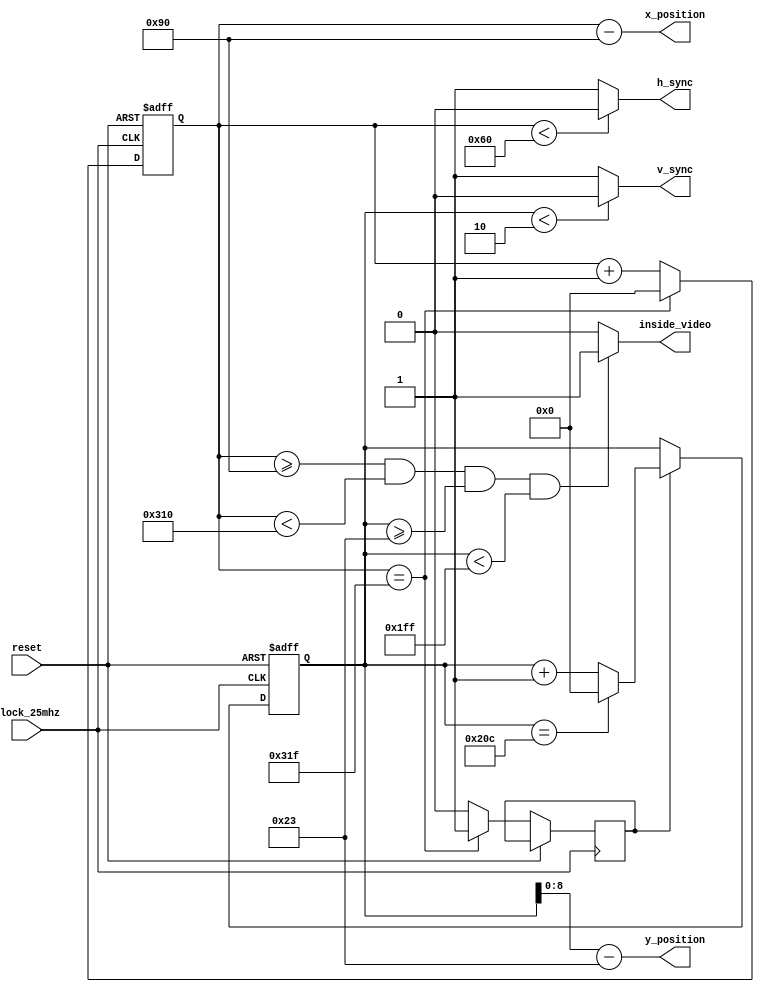
`timescale 1ns / 1ps

module vga_controller(
		input clock_25mhz,
		input reset,
		output reg h_sync,
		output reg v_sync,
		output reg inside_video,
		output [9:0] x_position,
		output [8:0] y_position
	);

	// SYNC, BPORCH, VIDEO, FPORCH.
	localparam H_SYNC = 96;
	localparam H_BPORCH = 144;
	localparam H_FPORCH = 784;
	localparam H_TOTAL = 800;
	localparam V_SYNC = 2;
	localparam V_BPORCH = 35;
	localparam V_FPORCH = 511;
	localparam V_TOTAL = 525;

	reg [9:0] h_counter = 0;
	reg [9:0] v_counter = 0;
	reg v_enable = 0;

	always @(posedge clock_25mhz or posedge reset) begin
		if (reset) begin
			h_counter <= 0;
		end else if (h_counter == H_TOTAL - 1) begin
			h_counter <= 0;
			v_enable <= 1;
		end else begin
			h_counter <= h_counter + 1'b1;
			v_enable <= 0;
		end
	end

	always @(*) begin
		if (h_counter < H_SYNC) begin
			h_sync = 0;
		end else begin
			h_sync = 1;
		end
	end

	always @(posedge clock_25mhz or posedge reset) begin
		if (reset) begin
			v_counter <= 0;
		end else if (v_enable) begin
			if (v_counter == V_TOTAL - 1) begin
				v_counter <= 0;
			end else begin
				v_counter <= v_counter + 1'b1;
			end
		end
	end

	always @(*) begin
		if (v_counter < V_SYNC) begin
			v_sync = 0;
		end else begin
			v_sync = 1;
		end
	end

	always @(*) begin
		if ((h_counter >= H_BPORCH) && (h_counter < H_FPORCH) && (v_counter >= V_BPORCH) && (v_counter < V_FPORCH)) begin
			inside_video = 1;
		end else begin
			inside_video = 0;
		end
	end

	assign x_position = h_counter - H_BPORCH;
	assign y_position = v_counter - V_BPORCH;

endmodule